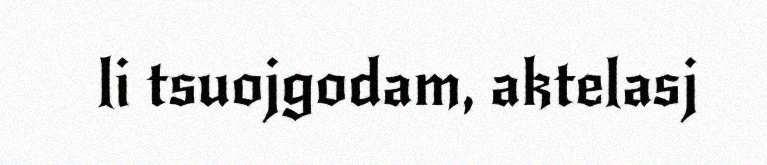
li tsuojgodam, aktelasj